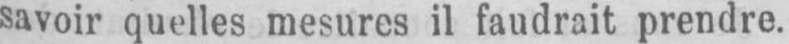
savoir quelles mesures il faudrait prendre.